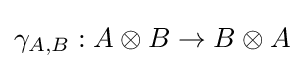
\gamma _{A,B}:A\otimes B\to B\otimes A